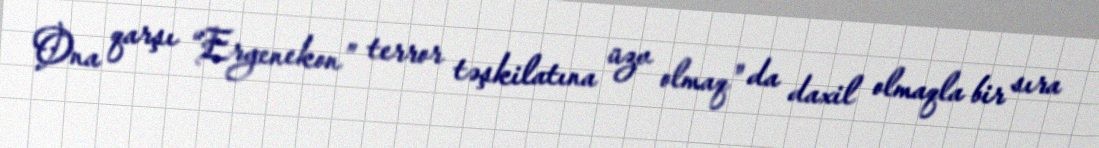
Ona qarşı “Ergenekon” terror təşkilatına üzv olmaq" da daxil olmaqla bir sıra